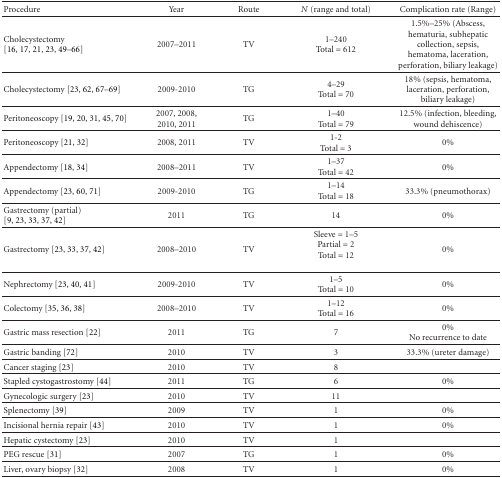
<table><thead><tr><td><b>Procedure</b></td><td><b>Year</b></td><td><b>Route</b></td><td><b><i>N</i> (range and total)</b></td><td><b>Complication rate (Range)</b></td></tr></thead><tbody><tr><td>Cholecystectomy [16, 17, 21, 23, 49–66]</td><td>2007–2011</td><td>TV</td><td>1–240Total = 612</td><td>1.5%–25% (Abscess, hematuria, subhepatic collection, sepsis, hematoma, laceration, perforation, biliary leakage)</td></tr><tr><td>Cholecystectomy [23, 62, 67–69]</td><td> 2009-2010</td><td>TG</td><td>4–29Total = 70</td><td>18% (sepsis, hematoma, laceration, perforation, biliary leakage) </td></tr><tr><td>Peritoneoscopy [19, 20, 31, 45, 70]</td><td>2007, 2008, 2010, 2011</td><td>TG</td><td>1–40Total = 79</td><td>12.5% (infection, bleeding, wound dehiscence) </td></tr><tr><td>Peritoneoscopy [21, 32]</td><td>2008, 2011</td><td>TV</td><td>1-2Total = 3</td><td>0%</td></tr><tr><td>Appendectomy [18, 34]</td><td>2008–2011</td><td>TV</td><td>1–37Total = 42</td><td>0%</td></tr><tr><td>Appendectomy [23, 60, 71]</td><td>2009-2010</td><td>TG</td><td>1–14Total = 18</td><td>33.3% (pneumothorax) </td></tr><tr><td>Gastrectomy (partial) [9, 23, 33, 37, 42]</td><td>2011</td><td>TG</td><td>14</td><td>0%</td></tr><tr><td>Gastrectomy [23, 33, 37, 42]</td><td>2008–2010</td><td>TV</td><td>Sleeve = 1–5Partial = 2Total = 12</td><td>0%</td></tr><tr><td>Nephrectomy [23, 40, 41]</td><td>2009-2010</td><td>TV</td><td>1–5Total = 10</td><td>0%</td></tr><tr><td>Colectomy [35, 36, 38]</td><td>2008–2010</td><td>TV</td><td>1–12 Total = 16</td><td>0%</td></tr><tr><td>Gastric mass resection [22]</td><td>2011</td><td>TG</td><td>7</td><td>0% No recurrence to date</td></tr><tr><td>Gastric banding [72]</td><td>2010</td><td>TV</td><td>3</td><td>33.3% (ureter damage) </td></tr><tr><td>Cancer staging [23]</td><td>2010</td><td>TV</td><td>8</td><td></td></tr><tr><td>Stapled cystogastrostomy [44]</td><td>2011</td><td>TG</td><td>6</td><td>0%</td></tr><tr><td>Gynecologic surgery [23]</td><td>2010</td><td>TV</td><td>11</td><td></td></tr><tr><td>Splenectomy [39]</td><td>2009</td><td>TV</td><td>1</td><td>0%</td></tr><tr><td>Incisional hernia repair [43]</td><td>2010</td><td>TV</td><td>1</td><td>0%</td></tr><tr><td>Hepatic cystectomy [23]</td><td>2010</td><td>TV</td><td>1</td><td></td></tr><tr><td>PEG rescue [31]</td><td>2007</td><td>TG</td><td>1</td><td>0%</td></tr><tr><td>Liver, ovary biopsy [32]</td><td>2008</td><td>TV</td><td>1</td><td>0%</td></tr></tbody></table>